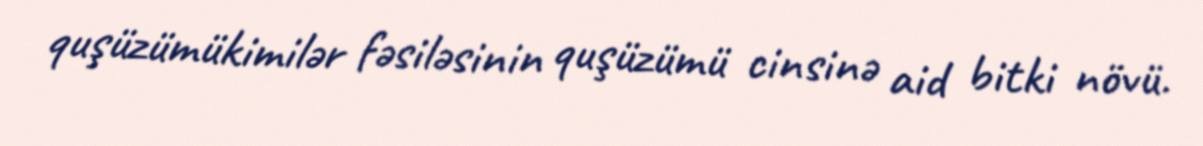
quşüzümükimilər fəsiləsinin quşüzümü cinsinə aid bitki növü.